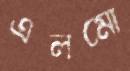
এলমো